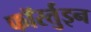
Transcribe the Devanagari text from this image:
फॉरर्तुइन